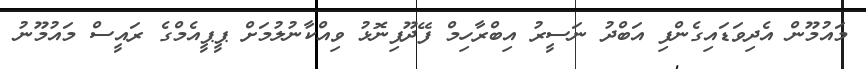
މައުމޫން އެދިވަޑައިގެންފި އަބްދު ނަސީރު އިބްރާހިމް ފޭދޫފިނޮޅު ވިއްކާނުލުމަށް ޕީޕީއެމްގެ ރައީސް މައުމޫނު